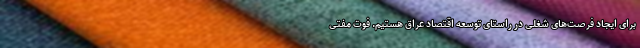
برای ایجاد فرصت‌های شغلی در راستای توسعه اقتصاد عراق هستیم. فوت مفتی